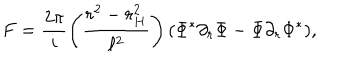
LaTeX: F = \frac { 2 \pi } { i } \left( \frac { r ^ { 2 } - r _ { H } ^ { 2 } } { \ell ^ { 2 } } \right) ( \Phi ^ { * } \partial _ { r } \Phi - \Phi \partial _ { r } \Phi ^ { * } ) ,